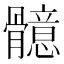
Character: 𩪣